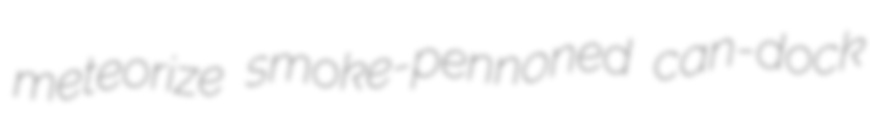
meteorize smoke-pennoned can-dock